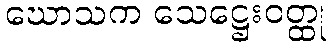
ဃောသက သေဋ္ဌေးဝတ္ထု